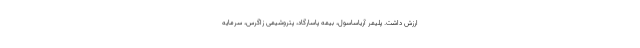
ارزش داشت. پلیمر آریاساسول، بیمه پاسارگاد، پتروشیمی زاگرس، سرمایه